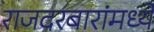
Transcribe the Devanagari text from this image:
राजदरबारांमध्ये